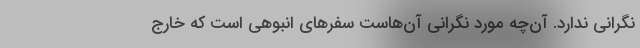
نگرانی ندارد. آن‌چه مورد نگرانی آن‌هاست سفرهای انبوهی است که خارج